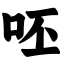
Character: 呸